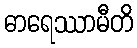
ဓာရေဿာမီတိ